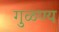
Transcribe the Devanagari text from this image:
गुळण्य